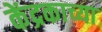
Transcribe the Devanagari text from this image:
केंद्रकाच्या